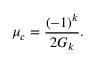
\mu _ { c } = { \frac { ( - 1 ) ^ { k } } { 2 G _ { k } } } .